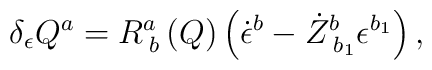
\delta _\epsilon Q^a=R_{\;b}^a\left( Q\right) \left( \dot\epsilon ^b-\dot Z_{\;b_1}^b\epsilon ^{b_1}\right) ,